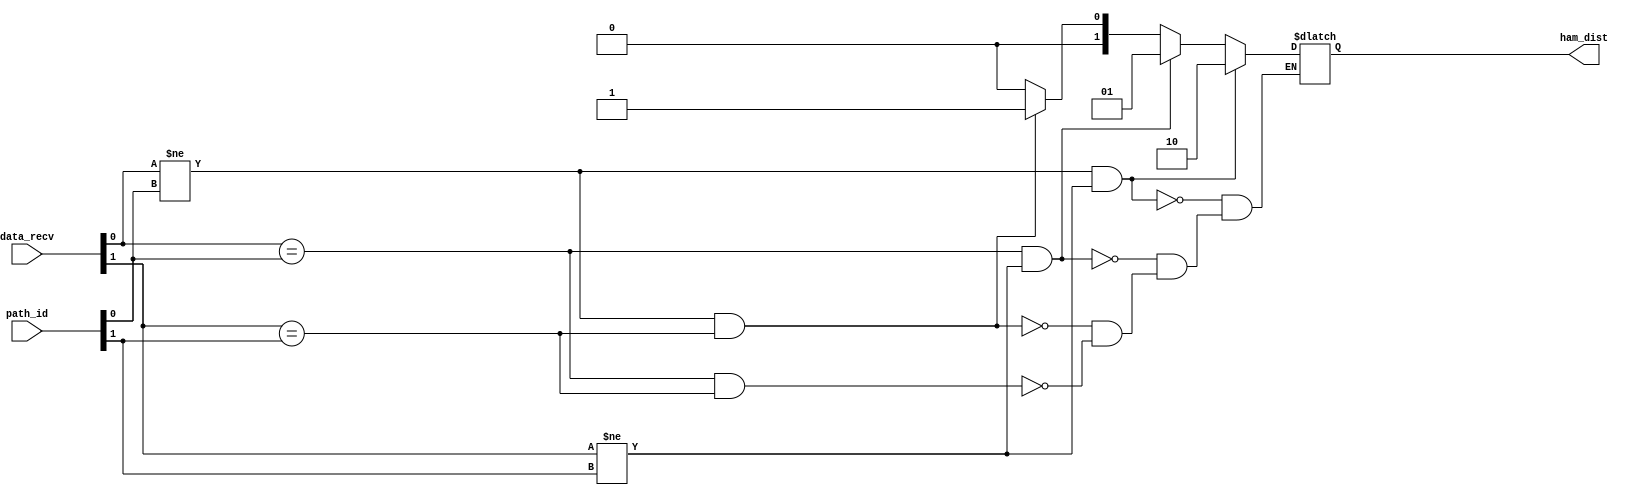
module ham_compute(data_recv,
				   path_id,
				   ham_dist);

	input [1:0] data_recv,path_id;
	output [1:0] ham_dist;
	reg [1:0] ham_dist;

	always @(*) begin
		if ((data_recv[0]==path_id[0])&&(data_recv[1]==path_id[1])) ham_dist=2'b00;
		if ((data_recv[0]!=path_id[0])&&(data_recv[1]==path_id[1])) ham_dist=2'b01;
		if ((data_recv[0]==path_id[0])&&(data_recv[1]!=path_id[1])) ham_dist=2'b01;
		if ((data_recv[0]!=path_id[0])&&(data_recv[1]!=path_id[1])) ham_dist=2'b10;
	end

endmodule